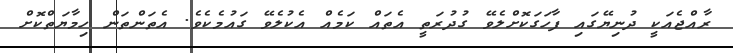
ރާއްޖެއަކީ ދުނިޔޭގައި ފާހަގަކޮށްލެވޭ ގުދުރަތީ އެތައް ކަމެއް އެކުލެވޭ ގައުމެކެވެ. އެތަންތަން ހިމާޔަތްކޮށް